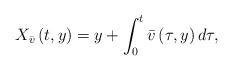
LaTeX: \begin{align*}X_{\bar{v}}\left( t,y\right) =y+\int_{0}^{t}\bar{v}\left(\tau,y\right) d\tau,\end{align*}